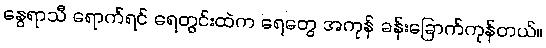
နွေရာသီ ရောက်ရင် ရေတွင်းထဲက ရေတွေ အကုန် ခန်းခြောက်ကုန်တယ်။